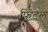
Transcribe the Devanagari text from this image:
फिटल